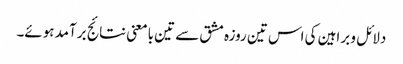
دلائل و براہین کی اس تین روزہ مشق سے تین بامعنی نتائج برآمد ہوئے۔